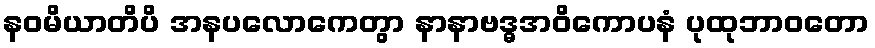
နဝမိယာတိပိ အနပလောကေတွာ နာနာဗဒ္ဓအဝိကောပနံ ပုထုဘာဝတော